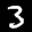
Label: 3